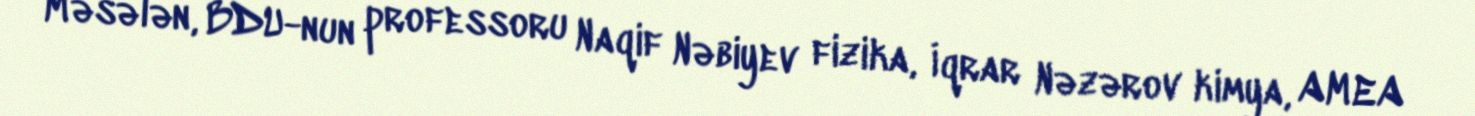
Məsələn, BDU-nun professoru Naqif Nəbiyev fizika, İqrar Nəzərov kimya, AMEA